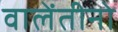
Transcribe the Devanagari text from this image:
वालेंतीनो